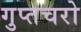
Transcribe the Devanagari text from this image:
गुप्‍तचरो